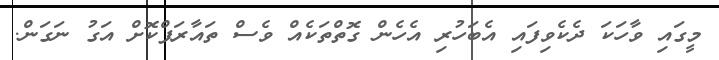
މީގައި ވާހަކަ ދެކެވިފައި އެބަހުރި އެހެން ގޮތްތަކެއް ވެސް ތައާރަފްކޮށް އަގު ނަގަން.